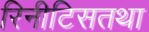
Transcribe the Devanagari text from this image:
रिनीटिसतथा